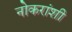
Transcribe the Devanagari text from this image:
नोकरांशी